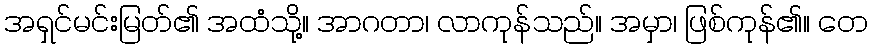
အရှင်မင်းမြတ်၏ အထံသို့။ အာဂတာ၊ လာကုန်သည်။ အမှာ၊ ဖြစ်ကုန်၏။ တေ